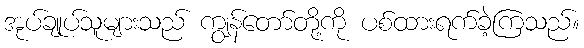
အုပ်ချုပ်သူများသည် ကျွန်တော်တို့ကို ပစ်ထားရက်ခဲ့ကြသည်။